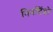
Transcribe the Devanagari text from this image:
निनटिंडो